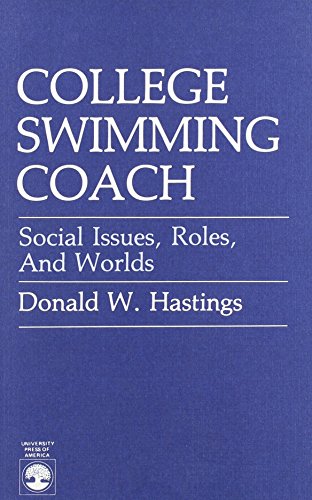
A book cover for College Swimming Coach; Donald W. Hastings; Sports & Outdoors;